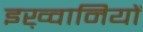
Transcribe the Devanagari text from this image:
इख़्वानियों